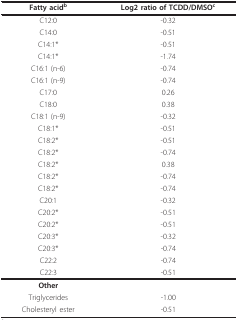
<table><thead><tr><td><b>Fatty acid<sup>b</sup></b></td><td><b>Log2 ratio of TCDD/DMSO<sup>c</sup></b></td></tr></thead><tbody><tr><td>C12:0</td><td>-0.32</td></tr><tr><td>C14:0</td><td>-0.51</td></tr><tr><td>C14:1*</td><td>-0.51</td></tr><tr><td>C14:1*</td><td>-1.74</td></tr><tr><td>C16:1 (n-6)</td><td>-0.74</td></tr><tr><td>C16:1 (n-9)</td><td>-0.74</td></tr><tr><td>C17:0</td><td>0.26</td></tr><tr><td>C18:0</td><td>0.38</td></tr><tr><td>C18:1 (n-9)</td><td>-0.32</td></tr><tr><td>C18:1*</td><td>-0.51</td></tr><tr><td>C18:2*</td><td>-0.51</td></tr><tr><td>C18:2*</td><td>-0.74</td></tr><tr><td>C18:2*</td><td>0.38</td></tr><tr><td>C18:2*</td><td>-0.74</td></tr><tr><td>C18:2*</td><td>-0.74</td></tr><tr><td>C20:1</td><td>-0.32</td></tr><tr><td>C20:2*</td><td>-0.51</td></tr><tr><td>C20:2*</td><td>-0.51</td></tr><tr><td>C20:3*</td><td>-0.32</td></tr><tr><td>C20:3*</td><td>-0.74</td></tr><tr><td>C22:2</td><td>-0.74</td></tr><tr><td>C22:3</td><td>-0.51</td></tr><tr><td><b>Other</b></td><td></td></tr><tr><td>Triglycerides</td><td>-1.00</td></tr><tr><td>Cholesteryl ester</td><td>-0.51</td></tr></tbody></table>